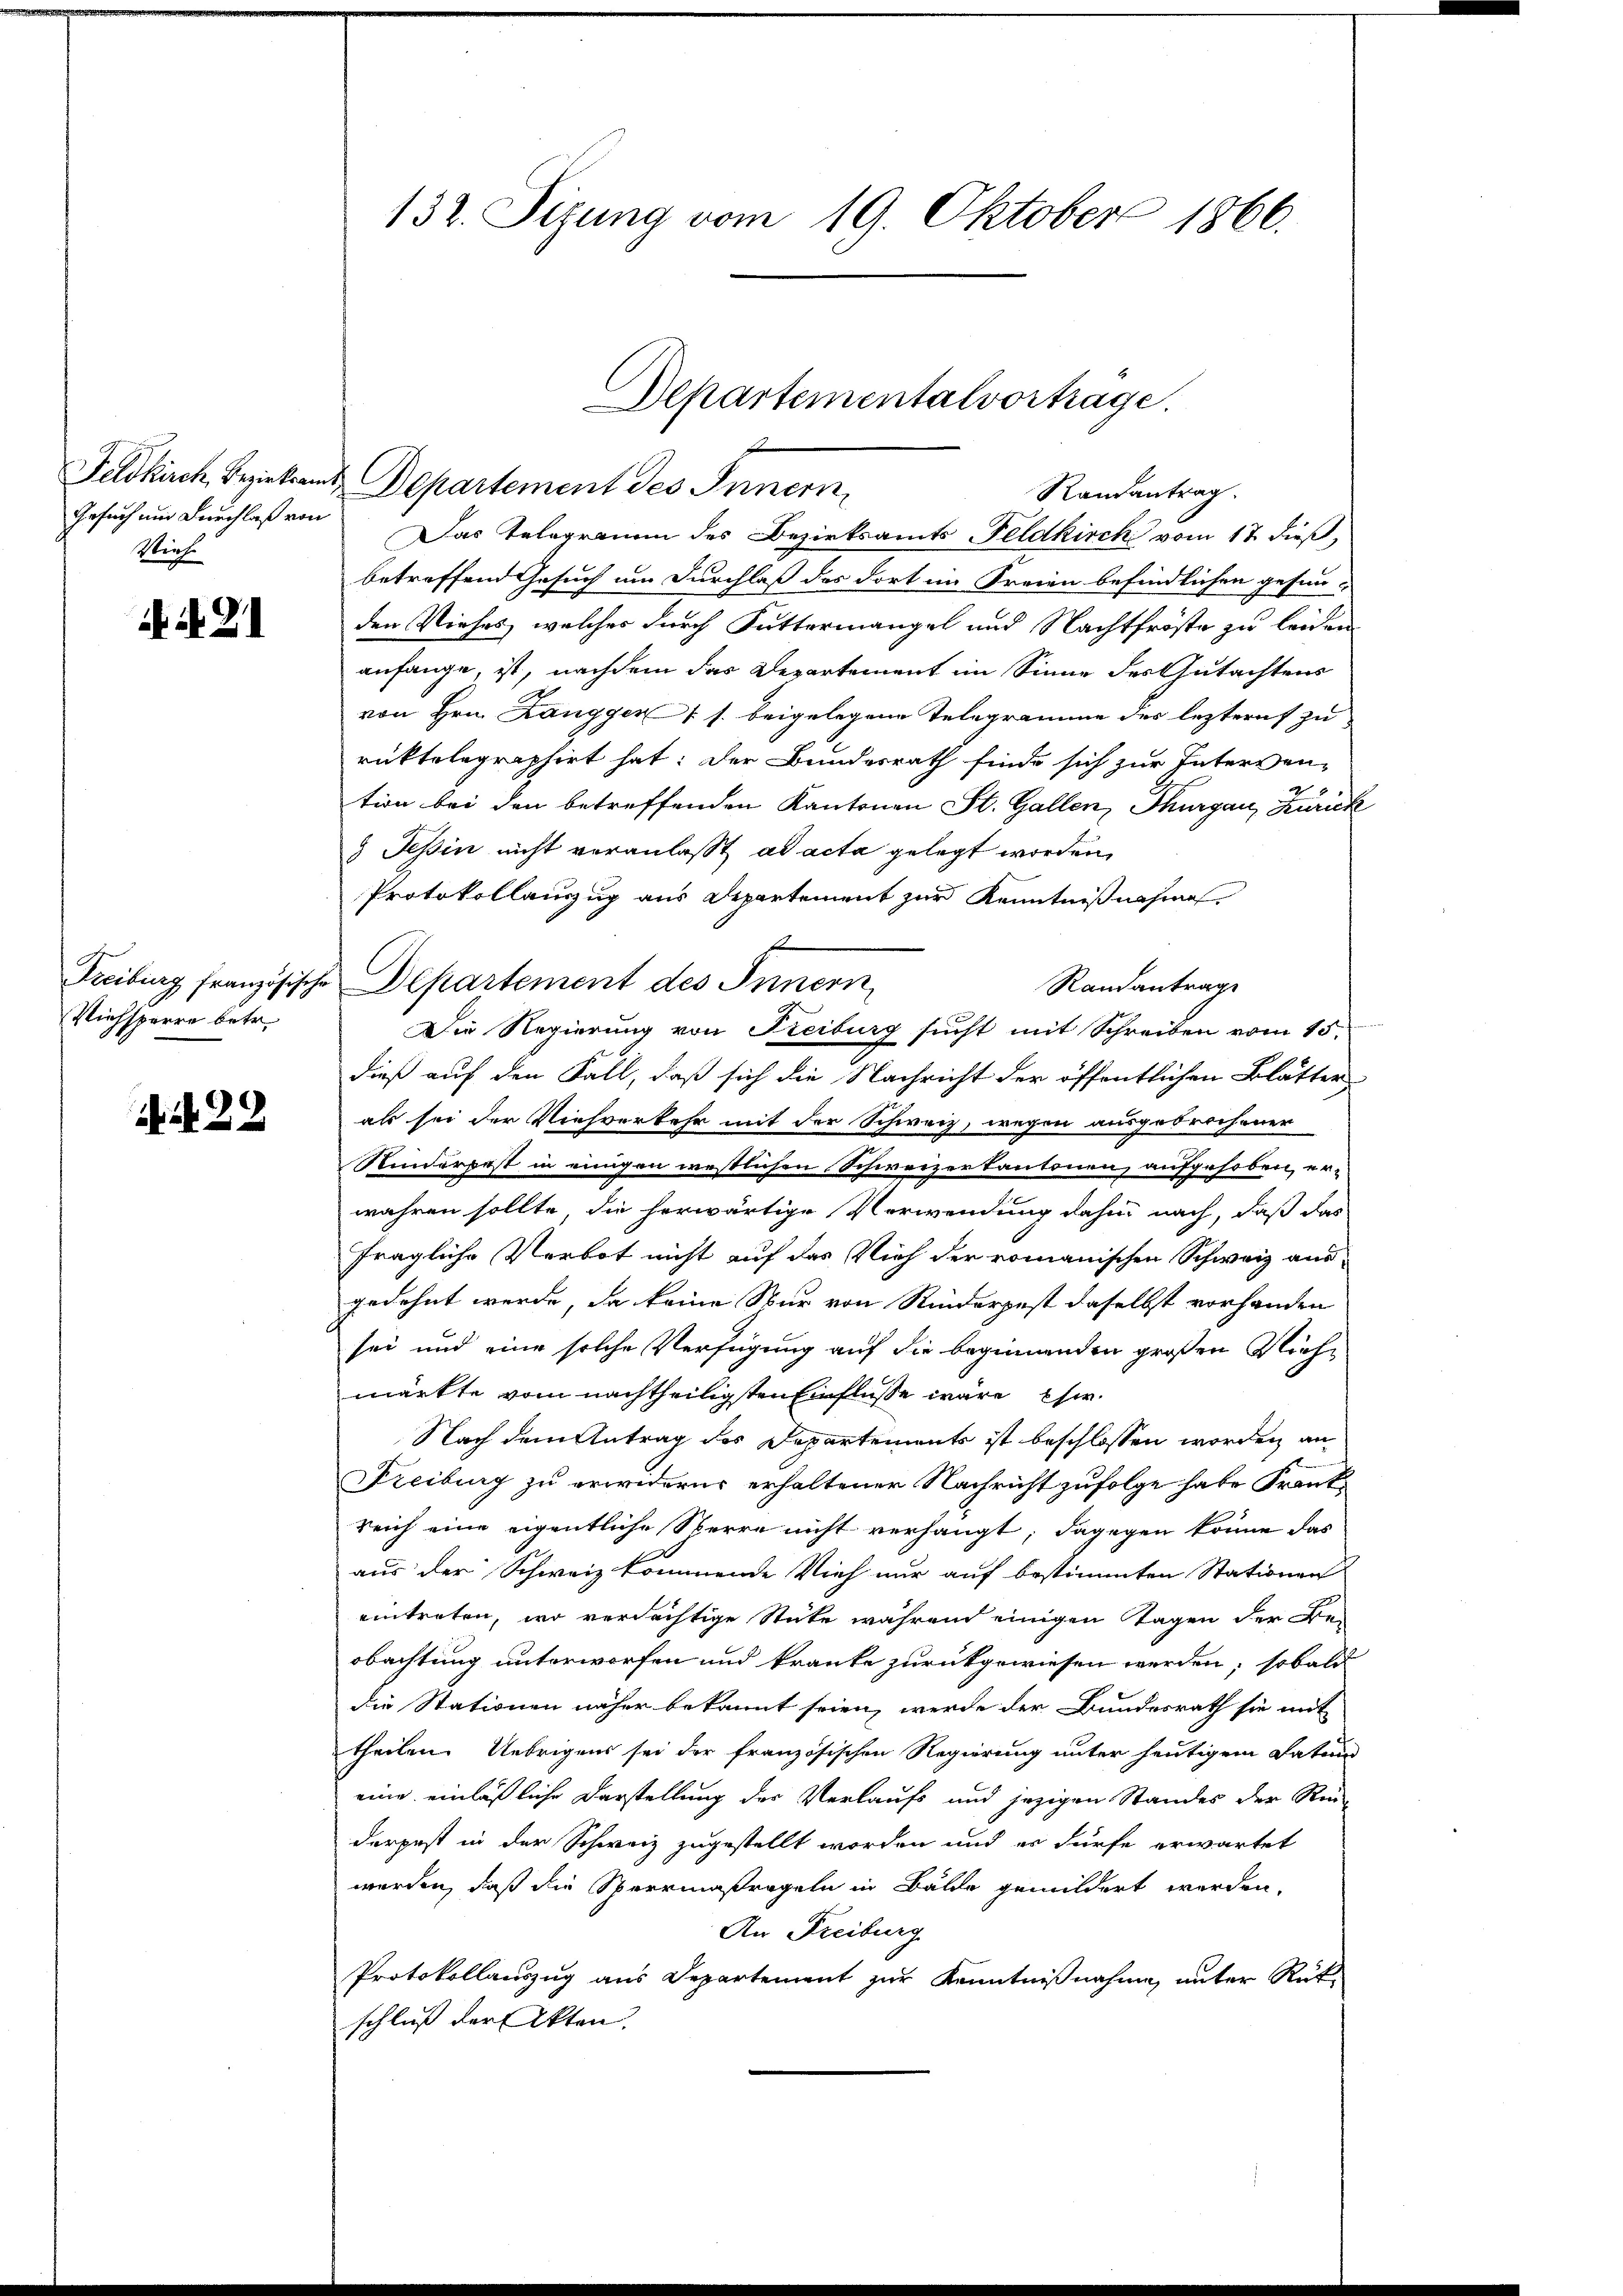
Feldkirch, Bezirksam
Gesuch und Durchlaß von
Vieh

N. N. 21

Freiburg französische
Viehsperre betr.

N 22

132. Sizung vom 19. Oktober 1866.

Das Telegramm des Bezirksamts Feldkirch vom 17. dieß,
betreffend Gesuch um Durchlaß des dort im Freien befindlichen gesun-
den Viehes, welches durch Futtermangel und Nachtfröste zu leiden
anfange, ist, nachdem das Departement im Sinne des Gutachtens
von Hrn. Langgen 1 s. beigelegene Telegramme des lezteres zu
rüktelegraphirt hat; der Bundesrath finde sich zur Intervention bei den betreffenden Kantonen St. Gallen, Thurgau, Zurück
 Tessin nicht veranlasst ad acta gelegt worden,
Protokollauzzug aus Departement zur Kenntnißnahme
Departement des Innern
Randantrage
Die Regierung von Freiburg sucht mit Schreiben vom 15.
dieß auf den Fall, daß sich die Nachricht der öffentlichen Blätter
als sei der Viehverkehr mit der Schweiz, wegen ausgebrochener
Ninderpest in einigen westlichen Schweizerkantonen, aufgehoben, erwahren sollte, die herwärtige Verwendung dahin nach, daß das
fragliche Verbot nicht auf das Vieh der romanischen Schweiz aus
gedehnt werde, da keine Nur von Rinderpest daselbst vorhanden
sei und eine solche Verfügung auf die beginnenden großen Richmärkte vom nachtheiligsten Einflüsse wäre Ehe¬
Nach dem Antrag des Departements ist beschlossen worden an
Freiburg zu erwiderns erhaltener Nachricht zufolge habe Frankreich eine eigentliche Sterre nicht verhängt; dagegen könne das
aus der Schweiz kommende Vieh nur auf bestimmten Stationen
eintreten, wo verdächtige Stücke während einigen Tagen der Beobachtung unterworfen und kranke zurückgewiesen werden; sobald
die Stationen näher bekannt seien, werde der Bundesrath sie mit
theilen. Uebrigens sei der französischen Regierung unter heutigem Datum
eine einläßliche Darstellung der Verlaufs und jezigen Standes der Re-
derpest in der Schweiz zugestellt worden und es dürfe erwartet
werden, daß die Sperrmaßregeln in Bälde gemildert werden,
An Freiburg
Protokollauszug aus Departement zur Kenntnißnahme, unter Rück-
schluß der Akten.

Departementalvortrage.
d. Departement des Innern
Randantrag.